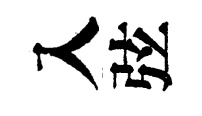
入弦